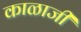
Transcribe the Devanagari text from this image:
काळाजी